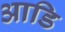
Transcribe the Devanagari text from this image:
आडि